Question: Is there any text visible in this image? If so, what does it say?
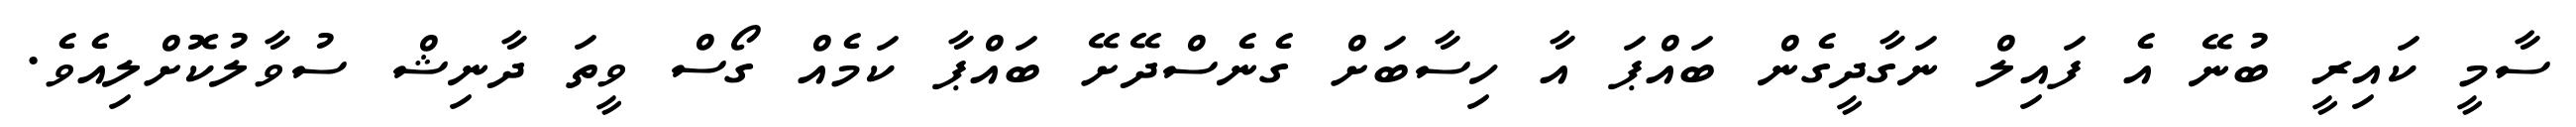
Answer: ސާމީ ކައިރީ ބުނޭ އެ ފައިލް ނަގާދީގެން ބައްޕަ އާ ހިސާބަށް ގެނެސްދޭށޭ ބައްޕާ ކަމެއް ގޯސް ވީތަ ދާނިޝް ސުވާލުކޮށްލިއެވެ.